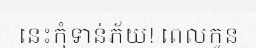
នេះកុំទាន់ភ័យ! ពេលកូន